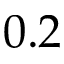
0 . 2